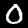
Label: 0